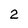
Character: 2